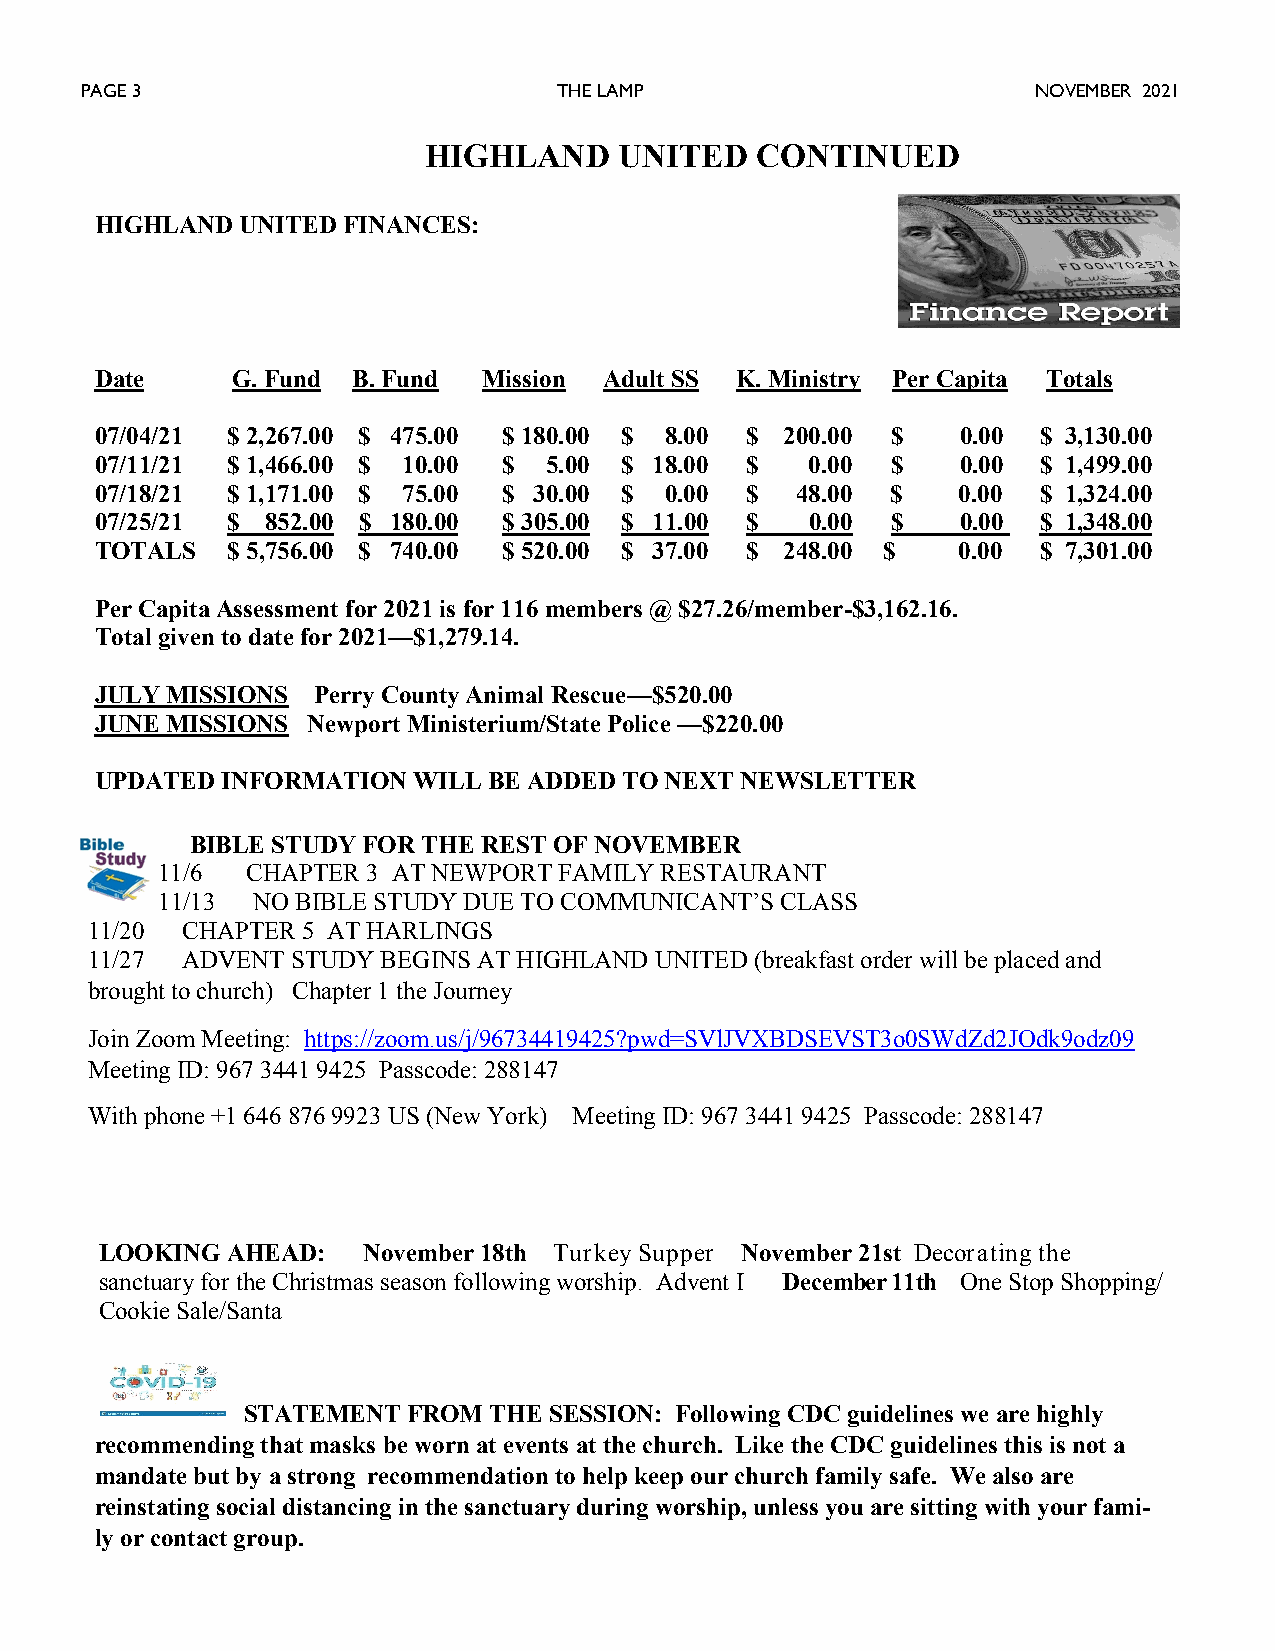
PAGE 3                          THE LAMP                        NOVEMBER 2021
 HIGHLAND     UNITED   CONTINUED
 HIGHLAND  UNITED FINANCES:
 Date     G. Fund B. Fund  Mission Adult SS K. Ministry Per Capita Totals
 07/04/21 $ 2,267.00 $ 475.00 $ 180.00 $ 8.00 $ 200.00 $   0.00 $ 3,130.00
 07/11/21 $ 1,466.00 $ 10.00 $ 5.00 $ 18.00 $    0.00 $    0.00 $ 1,499.00
 07/18/21 $ 1,171.00 $ 75.00 $ 30.00 $ 0.00 $   48.00 $   0.00  $ 1,324.00
 07/25/21 $  852.00 $ 180.00 $ 305.00 $ 11.00 $  0.00 $    0.00 $ 1,348.00
 TOTALS   $ 5,756.00 $ 740.00 $ 520.00 $ 37.00 $ 248.00 $ 0.00  $ 7,301.00
 Per Capita Assessment for 2021 is for 116 members @ $27.26/member-$3,162.16.
 Total given to date for 2021—$1,279.14.
 JULY MISSIONS  Perry County Animal Rescue—$520.00
 JUNE MISSIONS Newport Ministerium/State Police —$220.00
 UPDATED  INFORMATION WILL BE ADDED TO NEXT NEWSLETTER
 BIBLE STUDY FOR THE REST OF NOVEMBER
 11/6  CHAPTER 3 AT NEWPORT FAMILY RESTAURANT
 11/13  NO BIBLE STUDY DUE TO COMMUNICANT’S CLASS
 11/20 CHAPTER 5 AT HARLINGS
 11/27 ADVENT STUDY BEGINS AT HIGHLAND UNITED (breakfast order will be placed and
 brought to church) Chapter 1 the Journey
 Join Zoom Meeting: https://zoom.us/j/96734419425?pwd=SVlJVXBDSEVST3o0SWdZd2JOdk9odz09
 Meeting ID: 967 3441 9425 Passcode: 288147
 With phone +1 646 876 9923 US (New York) Meeting ID: 967 3441 9425 Passcode: 288147
 LOOKING AHEAD:   November 18th Turkey Supper November 21st Decorating the
 sanctuary for the Christmas season following worship. Advent I December 11th One Stop Shopping/
 Cookie Sale/Santa
 STATEMENT  FROM THE SESSION: Following CDC guidelines we are highly
 recommending that masks be worn at events at the church. Like the CDC guidelines this is not a
 mandate but by a strong recommendation to help keep our church family safe. We also are
 reinstating social distancing in the sanctuary during worship, unless you are sitting with your fami-
 ly or contact group.